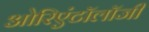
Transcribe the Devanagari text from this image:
ओरिएंटॉलॉजी